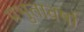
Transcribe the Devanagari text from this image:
प्रभुतावर्षा